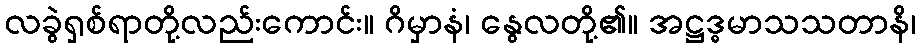
လခွဲရှစ်ရာတို့လည်းကောင်း။ ဂိမှာနံ၊ နွေလတို့၏။ အဋ္ဌဒ္ဓမာသသတာနိ၊